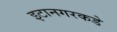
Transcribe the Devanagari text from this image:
इटानगरकडे